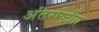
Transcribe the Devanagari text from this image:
अंतर्राष्ट्रीय़